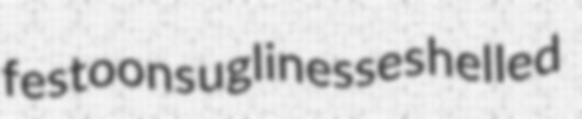
festoons uglinesses helled